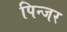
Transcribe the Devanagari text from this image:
पिन्जर